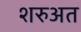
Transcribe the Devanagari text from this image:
शरुअत